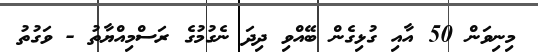
މިނިވަން 50 އާއި ގުޅިގެން ބޭއްވި ދިދަ ނެގުމުގެ ރަސްމިއްޔާތު - ވަގުތު